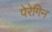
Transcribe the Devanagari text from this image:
पेरेगिन